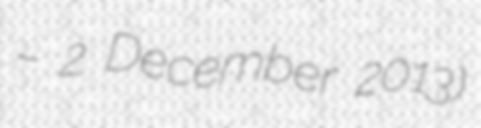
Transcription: – 2 December 2013)